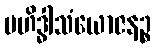
ဗဟိဒ္ဓါသံယောဇနဉ္စ